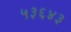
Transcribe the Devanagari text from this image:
५३६४३